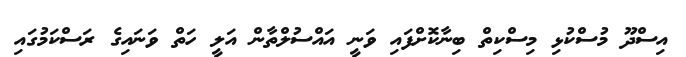
އިސްދޫ މުސްކުޅި މިސްކިތް ބިނާކޮށްފައި ވަނީ އައްސުލްތާން އަލީ ހަތް ވަނައިގެ ރަސްކަމުގައި